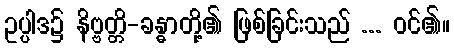
ဥပ္ပါဒ၌ နိဗ္ဗတ္တိ-ခန္ဓာတို့၏ ဖြစ်ခြင်းသည် ... ဝင်၏။